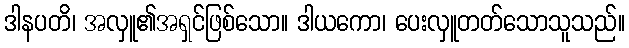
ဒါနပတိ၊ အလှူ၏အရှင်ဖြစ်သော။ ဒါယကော၊ ပေးလှူတတ်သောသူသည်။